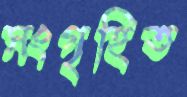
সংগৃহিত